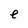
Character: e